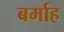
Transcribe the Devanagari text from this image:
बर्माह